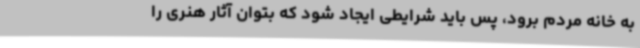
به خانه مردم برود، پس باید شرایطی ایجاد شود که بتوان آثار هنری را